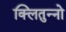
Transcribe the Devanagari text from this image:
क्लितुन्नो